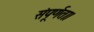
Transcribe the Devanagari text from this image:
संपूर्णता।